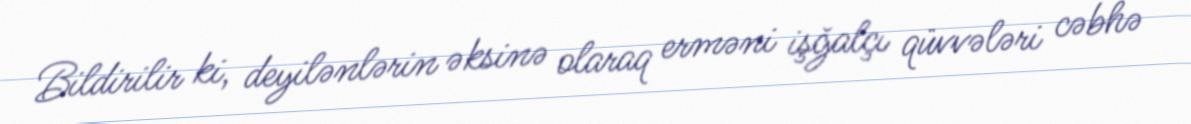
Bildirilir ki, deyilənlərin əksinə olaraq erməni işğalçı qüvvələri cəbhə